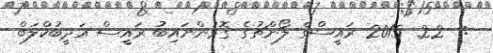
:  22